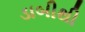
ડાબીથી